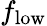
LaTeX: f_{\mathrm{low}}